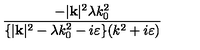
\frac { - | \mathbf { k } | ^ { 2 } \lambda k _ { 0 } ^ { 2 } } { \{ | \mathbf { k } | ^ { 2 } - \lambda k _ { 0 } ^ { 2 } - i \varepsilon \} ( k ^ { 2 } + i \varepsilon ) }